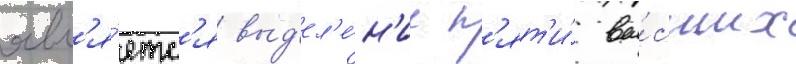
явл'я́етс'я выд'ел'е́н'ие п'ят'и́ вы́сших